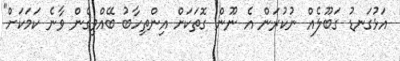
އަޅުގަނޑު ގަބޫލެއް ނުކުރަން އެ ނޫން ގޮތަކަށް އިންތިހާބު ބޭއްވިގެން ވާނެ ކަމަކަށް"